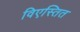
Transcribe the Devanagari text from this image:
विएस्तित